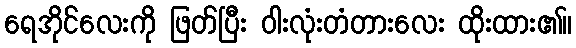
ရေအိုင်လေးကို ဖြတ်ပြီး ဝါးလုံးတံတားလေး ထိုးထား၏။